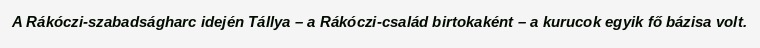
A Rákóczi-szabadságharc idején Tállya – a Rákóczi-család birtokaként – a kurucok egyik fő bázisa volt.